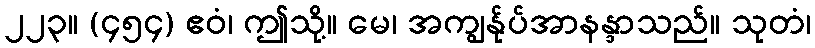
၂၂၃။ (၄၅၄) ဧဝံ၊ ဤသို့။ မေ၊ အကျွန်ုပ်အာနန္ဒာသည်။ သုတံ၊